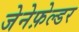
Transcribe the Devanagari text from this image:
जेनेफ़ेल्डर